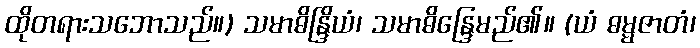
ထိုတရားသဘောသည်။) သမာဓိန္ဒြိယံ၊ သမာဓိန္ဒြေမည်၏။ (ယံ ဓမ္မဇာတံ၊